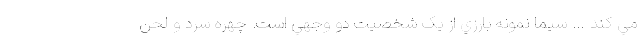
مي کند … سيما نمونه بارزي از يک شخصيت دو وجهي است. چهره سرد و لحن